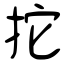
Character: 拕